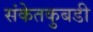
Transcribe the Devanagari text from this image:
संकेतकुबडी